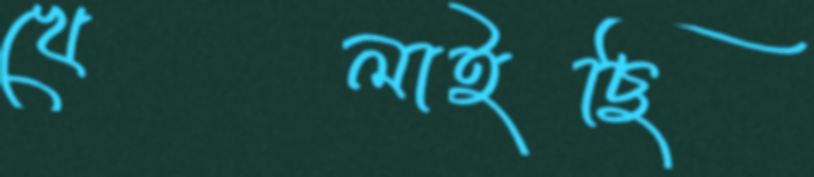
খেলাইছি